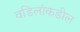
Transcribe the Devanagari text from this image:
वडिलांकडील